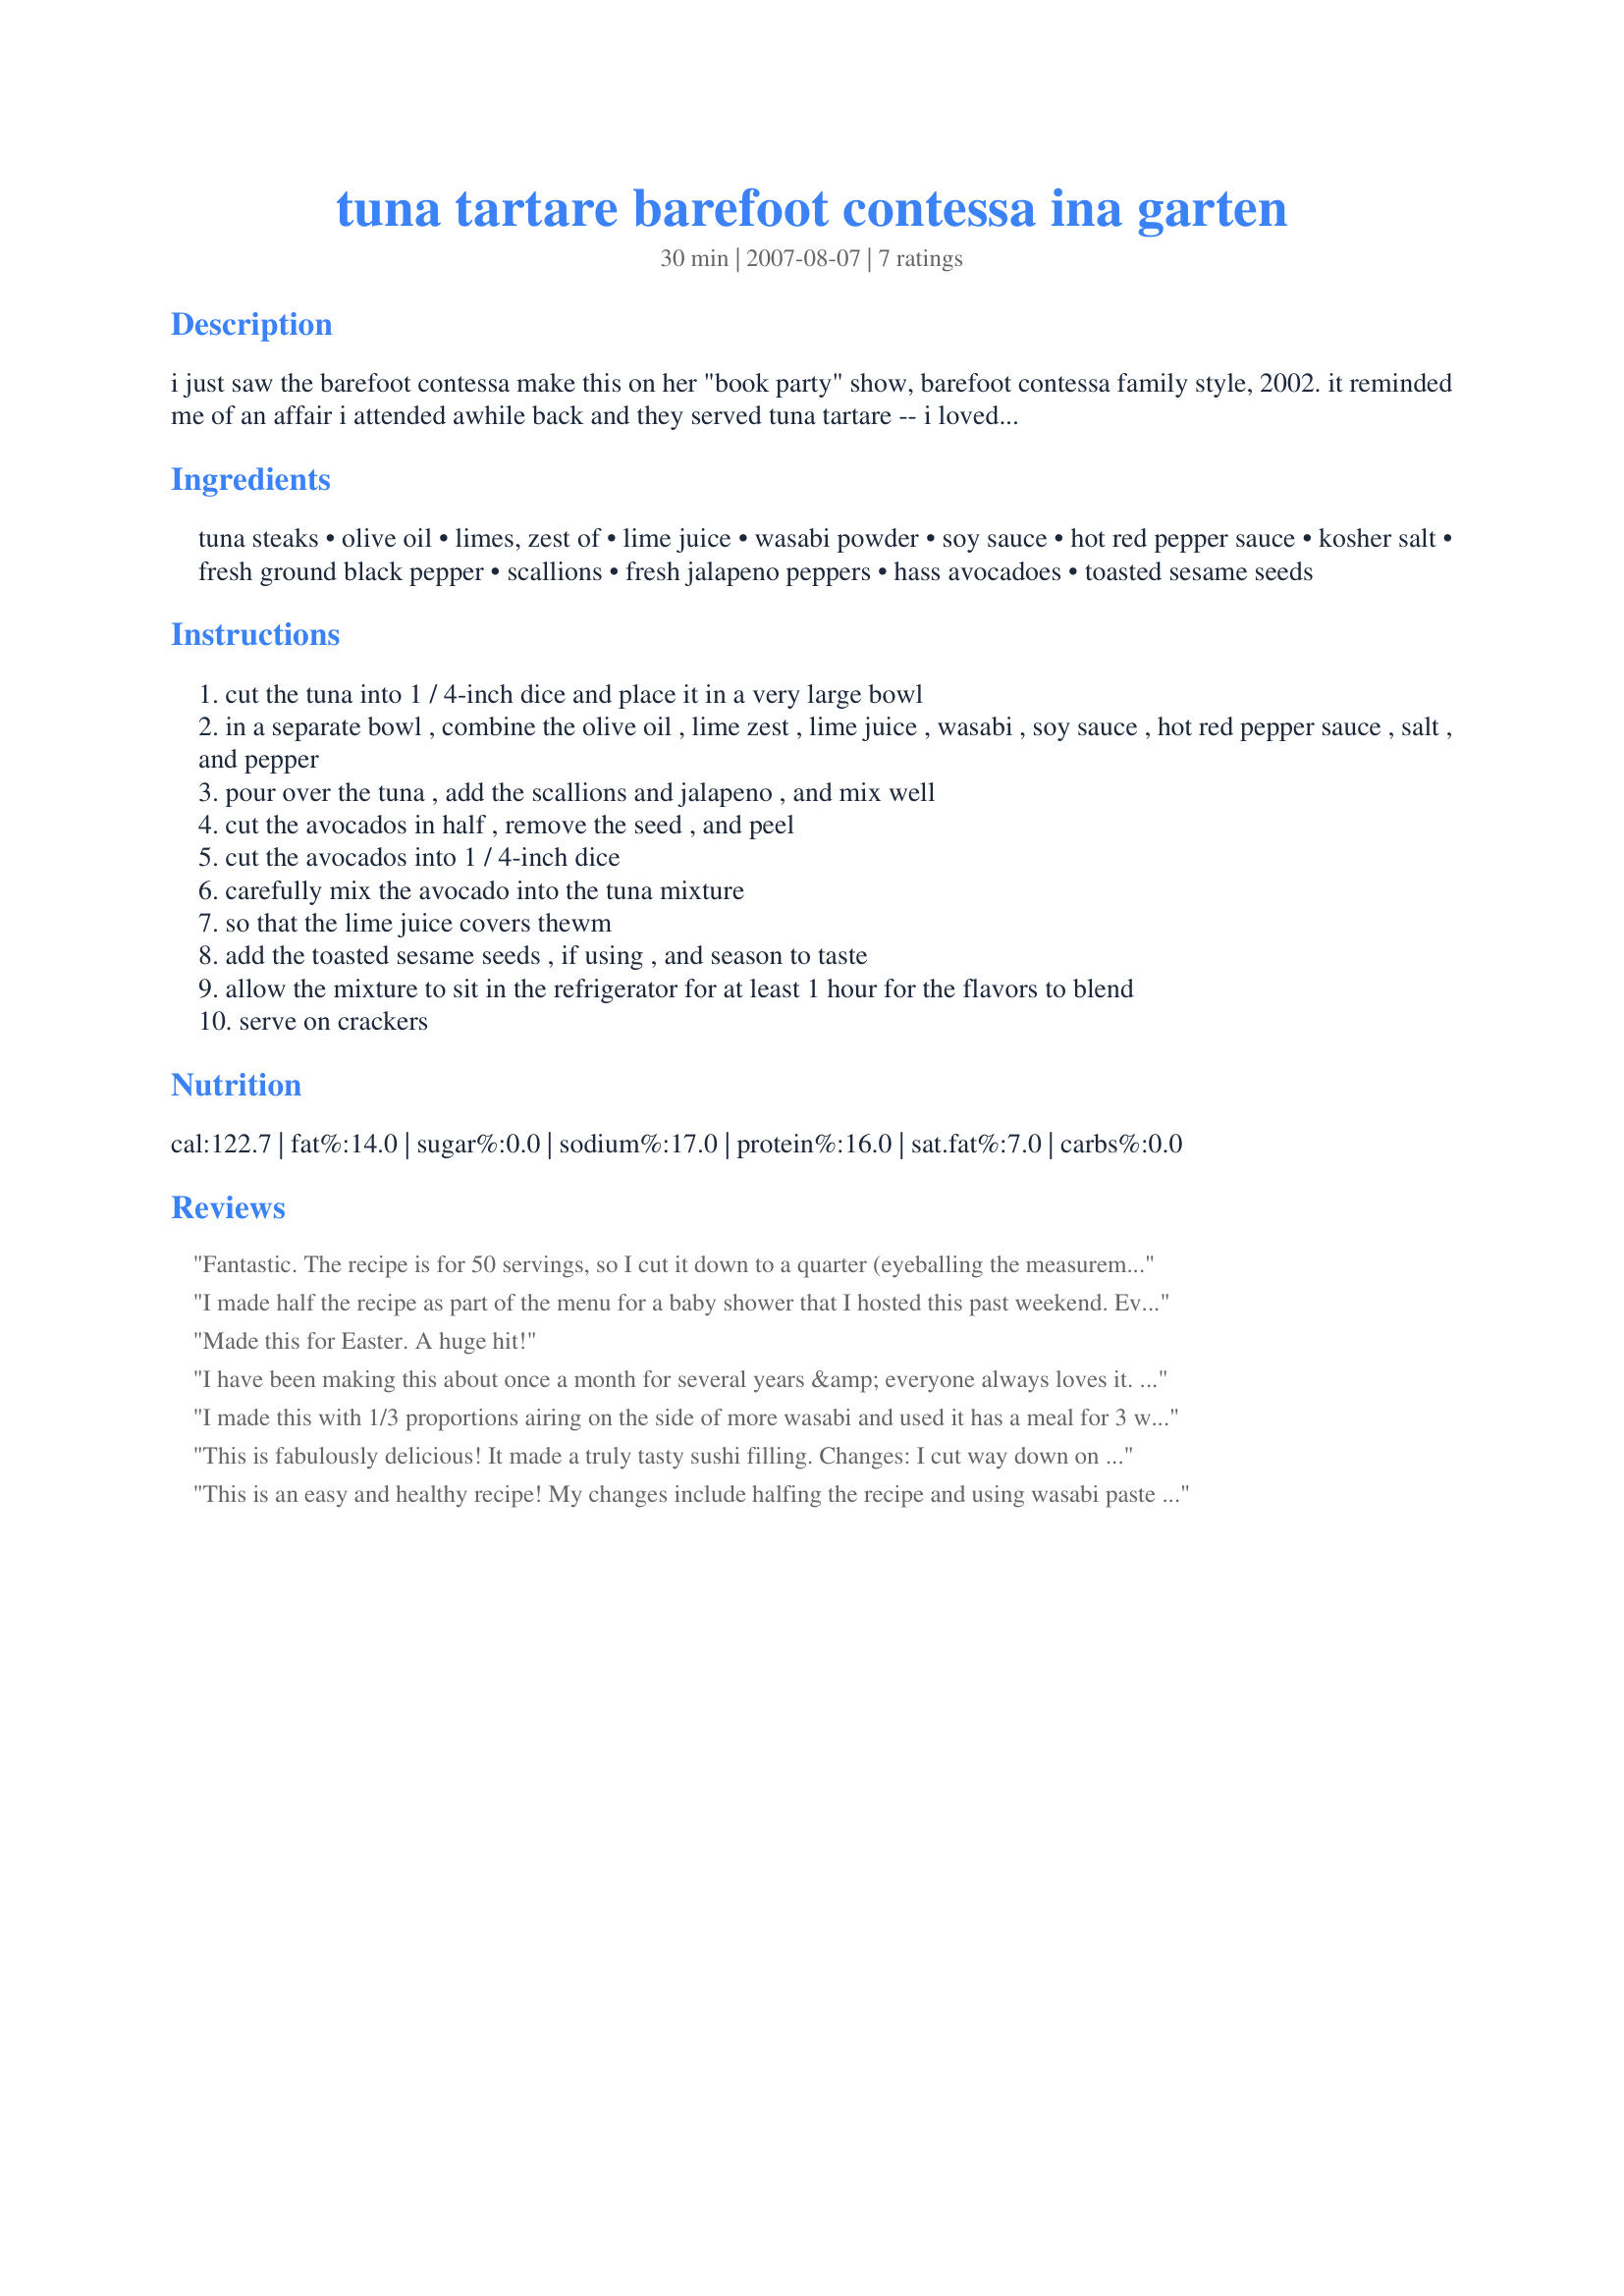
tuna tartare barefoot contessa ina garten
Preparation time: 30 minutes

i just saw the barefoot contessa make this on her "book party" show, barefoot contessa family style, 2002. it reminded me of an affair i attended awhile back and they served tuna tartare -- i loved it! this runs the closest second to the one i had. i hope you will try it -- it is scrumptious! it requires at least 1 hour chilling time while the flavors marry.

Ingredients:
tuna steaks, olive oil, limes, zest of, lime juice, wasabi powder, soy sauce, hot red pepper sauce, kosher salt, fresh ground black pepper, scallions, fresh jalapeno peppers, hass avocadoes, toasted sesame seeds

Steps:
cut the tuna into 1 / 4-inch dice and place it in a very large bowl
in a separate bowl , combine the olive oil , lime zest , lime juice , wasabi , soy sauce , hot red pepper sauce , salt , and pepper
pour over the tuna , add the scallions and jalapeno , and mix well
cut the avocados in half , remove the seed , and peel
cut the avocados into 1 / 4-inch dice
carefully mix the avocado into the tuna mixture
so that the lime juice covers thewm
add the toasted sesame seeds , if using , and season to taste
allow the mixture to sit in the refrigerator for at least 1 hour for the flavors to blend
serve on crackers

Reviews:
Fantastic. The recipe is for 50 servings, so I cut it down to a quarter (eyeballing the measurements on the ingredients), and three of us finished it off as an appetizer. I didn't have seseme seeds, but did have fresh tuna my husband caught in Cabo San Lucas in a fishing tournament just two days earlier - from the time they caught it until it was flash frozen was only about 3 hours. I truly believe that makes all the difference, so get really good, red, fresh tuna for this recipe. It also helps if you cut the tuna while it's about half frozen, then it cuts easily and thaws in a matter of minutes. Next time I might try this in baby lettuce cups or on fried wontons. Absolutely delicious, thanks so much for sharing!
I made half the recipe as part of the menu for a baby shower that I hosted this past weekend. Everyone really like it except for my husband, which is really strange because he loves tuna tartare. He said it had a "weird" flavor! I thought it was a tad too salty, but other than that it was pretty good. Thank you!
Made this for Easter. A huge hit!
I have been making this about once a month for several years &amp; everyone always loves it. I do use a good quality sesame oil instead of the toasted seeds. I serve it with a crispbread &amp; salad for a light meal. Fantastic.
I made this with 1/3 proportions airing on the side of more wasabi and used it has a meal for 3 with some baguette to go with it.
This is fabulously delicious! It made a truly tasty sushi filling. Changes: I cut way down on the oil, and subbed 1/2 sesame oil for an even more Asian flavor. And instead of hot pepper sauce, I crushed some dried hot red peppers. Also, I didn't use as much lime juice---because I didn't have enough. Still tasted great.
This is an easy and healthy recipe! My changes include halfing the recipe and using wasabi paste instead of powder, approx. 1 tsp. I do recommend that you cut the tuna as instructed i.e. 1/4 inch pieces. Thank you for posting yet another wonderful Contessa recipe.
